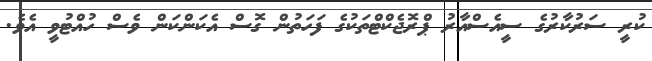
ކުރީ ސަރުކާރުގެ ސީއެސްއާރު ޕްރޮޖެކްޓްތަކުގެ ފަހަތުން ގޮސް އެކަންކަން ވެސް ހުއްޓުވީ އެވެ.